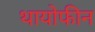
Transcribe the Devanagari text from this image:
थायोफीन